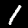
Label: 1